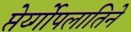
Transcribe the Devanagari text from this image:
प्तेर्य्गोपलातिने